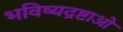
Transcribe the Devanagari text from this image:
भविष्यद्रष्टाओं